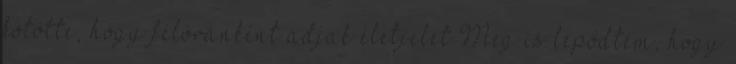
kötötte, hogy félóránként adjak életjelet Meg is lepődtem, hogy